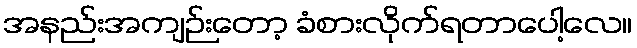
အနည်းအကျဉ်းတော့ ခံစားလိုက်ရတာပေါ့လေ။